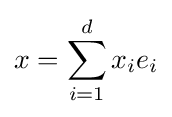
x=\sum _{i=1}^{d}x_{i}e_{i}